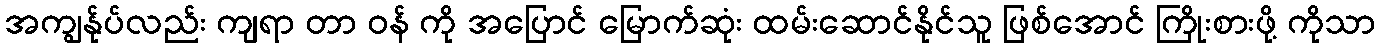
အကျွန်ုပ်လည်း ကျရာ တာ ဝန် ကို အပြောင် မြောက်ဆုံး ထမ်းဆောင်နိုင်သူ ဖြစ်အောင် ကြိုးစားဖို့ ကိုသာ